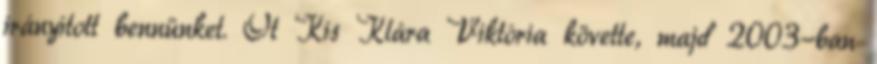
irányított bennünket. Őt Kis Klára Viktória követte, majd 2003-ban